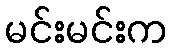
မင်းမင်းက